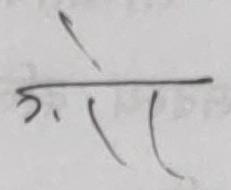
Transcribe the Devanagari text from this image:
गो।।